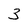
Character: 3